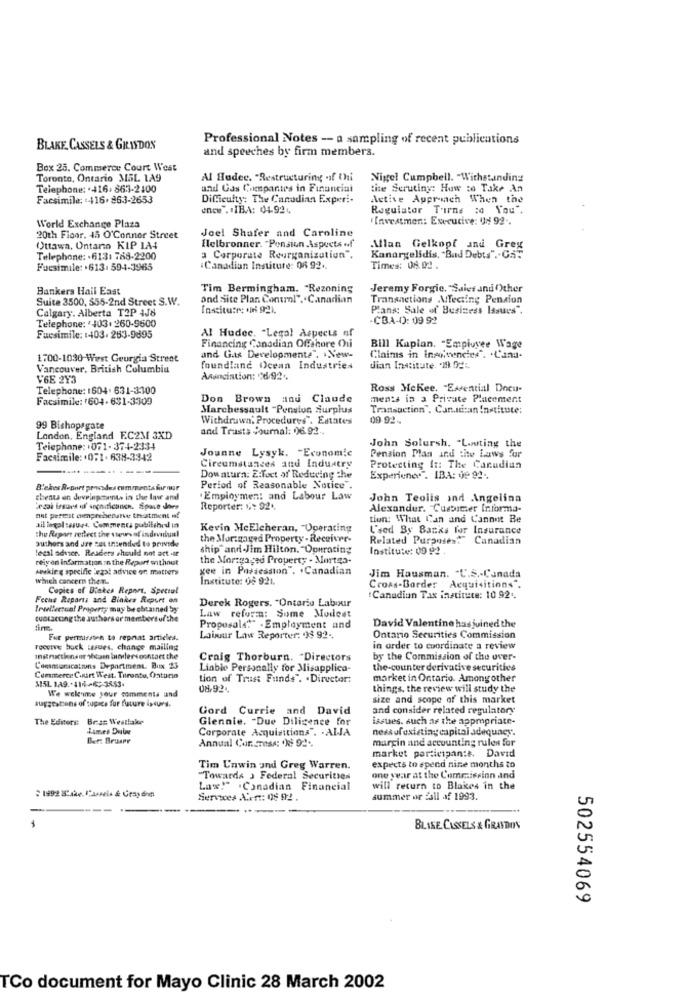
Professional Notes -- a sampling of recent publications
BLAKE CASSELS & GRISDON
and speeches by firm members.
Box 25. Commerce Court West
Toronto, Ontario 35L 1A9
Al Hudec. "Restructuring .if Chi
Nigel Cumpbell. "Withstanding
Telephone: . 416.863-2400
und Cas Cuepantes in Financial
tite Scrutiny: How to Take An
Facsimile: +416.263-2653
Difficulty: The Canadian Experi-
Active Approach When the
une". . IBA: 04-92
Regulator Tirne :o You",
Investment: Executive: 418 92 ..
World Exchange Plaza
Joel Shafer and Caroline
20th Floor. 45 O'Connor Street
Ottawa, Ontario KIP LA4
Helbronner. "Pensiun .Aspects of
Mlan Gelkopf and Grex
Telephone: +613: 768-2200
a Corporate Reorganization".
Kanargelidis, "Bad Debts" .. GS.
Fuesimile: . 613: 594-3965
Canadian Institure: 06 92+.
Times: 08. 02.
Bankers Hail East
Tim Bermingham. "Rezoning
Jeremy Forgic, "Sales and Other
Suite 3500, $55-2nd Street S.W.
and site Plan. Control" .. Canadian
Transactions MTecting Pension
Calgary, Alberta T2P IJ8
Insitu:r: 6 92).
Plans: Sale of Business Issues".
Telephone: '403. 260-9600
-CBA-0: 09 92
Al Hudec. "Legal Aspects of
Fursimile: 1403. 263-9895
Financing Canadian Ofchore Oui
Bill Kapian. "Employee Wage
1700-1030-West Georgia Street
and Gas Developments". New-
Claims in Insolvendies". . L'anu-
Vancouver, British Columbia
foundland Ocean Industries
dian Institute. 19 OgL
V6E 273
Asanciation: 6/92.
Telephone: 1604. 631-3300
Ross Mckee. "Essential Docu-
Facsimile: 1604-631-3309
Don Brown and Claude
ments in a Private Placement
Marchessault -Pension surplus
Transaction", Can.stan Institute:
Withdrawn; Procedures". Estates
09-92-
99 Bishopsgate
and Trusts Journal: )6. 92-
London, England EC2M 3XD
Telephone: +071- 374-2334
John Solursh. "Lauting the
Pension Plan and the Laws for
Facsimile: 0:1. 638-3342
Jounne Lysyk. - Economic
Circumstances and Industry
Protecting In: The Canadian
Downturn: Effect of Reducing the
Experiener". IBA: 9 92 ..
B'ekes Report provsdes comments for nur
Period of Reasonable Notice".
cheats en deveinpments in the law and
.Empioymen: and Labour Law
John Teolis and Angelina
Legal issues of srpnaicancn. Sport does
Reporter: : 92.
Alexander. "Cuesitter Informa-
nat pertest cienprebenarve treatment of
tion: What Can and Cannot Be
ail loral taste4. Commenta pubitched in
Kevin MeElcheran, "Operating
L'sed By Banks for Insurance
authors and dre set intended to provide
the Report reflect the views of individual
the Mortgaged Property - Receiver-
Related Purposes:" Canadian
legal advice. Resders should not act .ir
ship"and-Jim Hilton. "Operating
Institute: 00 92 .
rely on information in the Report enthout
the Mortgaged Property - Mortes-
Awkirg specific 'egot advice or matters
gee in Possession". . Canadian
which cancern the Th
Institute: 06 921.
Jim Hausman. "U.S .- Canada
Copies of Bakes Report, Special
Cross-Border Acquisitions .
Fecha Reparts and Biokes Report on
"Canadian Tax institute: 10 92 ..
Irullectual Property may be obtained by
Derek Rogers. "Ontario Labour
cuotaccing the authors or members ofthe
Law reform: Some Modest
Proposals." . Employment and
David Valentine has joined the
Fur permissten to repeat articles.
Labour Law Reporter: '38 92-
Ontario Securities Commission
receive bock wasues, change mailing
in order to coordinate a review
Instructionsur secamn binders contact the
Craig Thorburn. "Directors
by the Commission of the over-
Communications Department. Bux 23
Liable Personally for Misapplica-
the-counter derivative securities
Commerce Cikirt West. Titrento, Ontario
tion of Trust Funds". . Director:
market in Ontario. Among other
MISL 1A9 .- 414-2-3853.
W'e welenne your comments und
08/924
things, the review will study the
size and scope of this market
suggestions of tugece for future iseurs.
Gord Currie and David
and consider related regulatory
The Editors:
Bras Westlake
Glennie. "Due Diligence for
issues, such as the appropriate-
limes Duin
Corporate Acquisitions". . AIJA
ness ofexisting capital adequacy.
Bet: Bruspr
Annual Cur_Tese: 'ki 92 ..
margin and accounting rules for
market participante. David
Tim Unwin and Greg Warren.
expects to spend nine months to
"Towards > Federal Securities
one year at the Commission and
Las!" .Canadian Financial
will return to Blakes in the
1992 .4. ""weis & Grayden
Services AFft: 08 92 .
summer or fail af 1993.
BLISE CASSELS & GRAYDON
502554069
TCo document for Mayo Clinic 28 March 2002